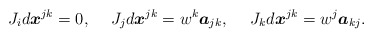
\begin{align*}J_{i}d\boldsymbol{x}^{jk}=0,\;\ \ \;J_{j}d\boldsymbol{x}^{jk}=w^{k}\boldsymbol{a}_{jk},\;\ \ \ J_{k}d\boldsymbol{x}^{jk}=w^{j}\boldsymbol{a}_{kj}.\end{align*}